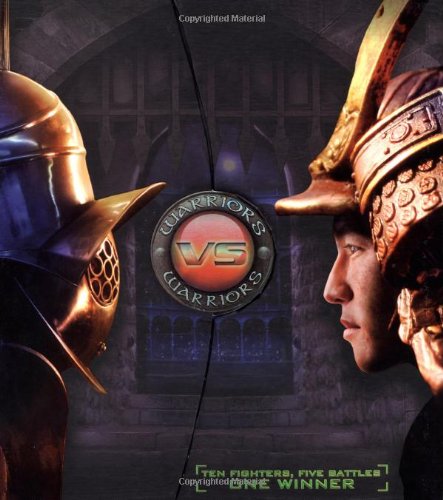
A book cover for Versus: Warriors; Children's Books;